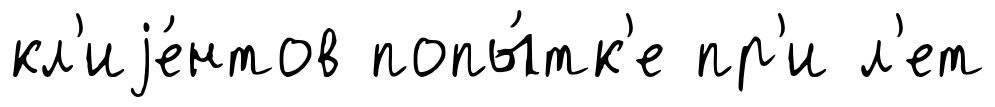
кл'иjе́нтов попы́тк'е пр'и л'ет